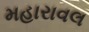
મહારાવલ